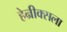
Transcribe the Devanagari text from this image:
हेन्रीक्सला